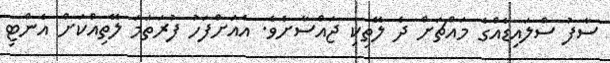
ސާފު ސްލައިޑެއްގެ މައްޗަށް ދެ ލޭތިކި ޖައްސާށެވެ. އެއަށްފަހު ފުރަތަމަ ލޭތިއްކަށް އެންޓި